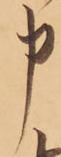
申